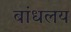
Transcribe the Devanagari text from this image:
बांधलय